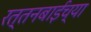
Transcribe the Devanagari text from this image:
रत्तनबाईच्या